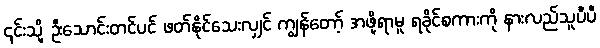
၄င်းသို့ ဦးသောင်းတင်ပင် ဖတ်နိုင်သေးလျှင် ကျွန်တော့် အဖို့ရာမူ ရခိုင်စကားကို နားလည်သူပီပီ